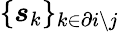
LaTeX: \{ \boldsymbol{s}_{k}\} _{k\in\partial i\setminus j}